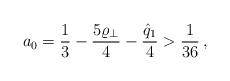
LaTeX: \begin{align*} a_0=\frac{1}{3}-\frac{5\varrho_\perp}{4}-\frac{\hat{q}_1}{4}>\frac{1}{36}\,,\end{align*}